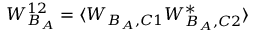
W _ { B _ { A } } ^ { 1 2 } = \langle W _ { B _ { A } , C 1 } W _ { B _ { A } , C 2 } ^ { * } \rangle